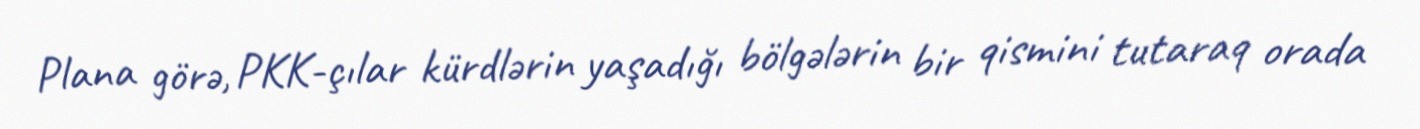
Plana görə, PKK-çılar kürdlərin yaşadığı bölgələrin bir qismini tutaraq orada